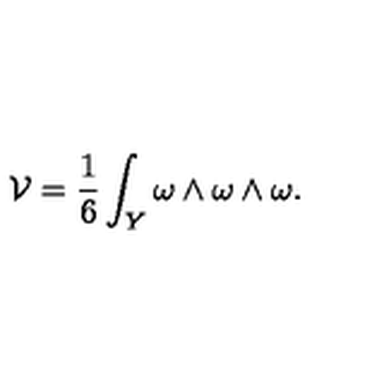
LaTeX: { \cal V } = \frac { 1 } { 6 } \int _ { Y } \omega \wedge \omega \wedge \omega .